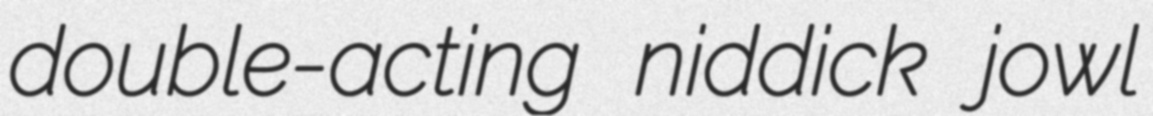
double-acting niddick jowl